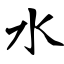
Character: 水